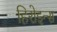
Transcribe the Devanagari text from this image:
हिरोइन्स